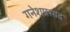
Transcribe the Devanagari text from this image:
गनेशप्रसाद